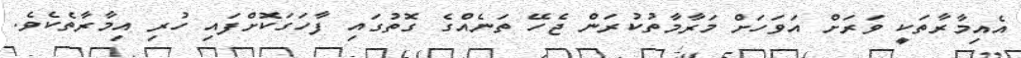
އެއިމާރާތަކީ ވަރަށް އަވަހަށް މަރާމާތުކުރަން ޖެހޭ ތަނެއްގެ ގޮތުގައި ފާހަގަކޮށްފައި ހުރި އިމާރާތެކެވެ.